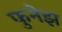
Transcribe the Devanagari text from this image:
फुनेझ